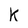
Character: K